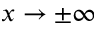
x \to \pm \infty